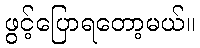
ဖွင့်ပြောရတော့မယ်။